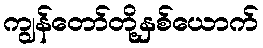
ကျွန်တော်တို့နှစ်ယောက်